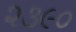
૨૩૯૦